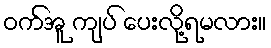
ဝက်အူ ကျပ် ပေးလို့ရမလား။